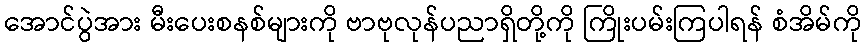
အောင်ပွဲအား မီးပေးစနစ်များကို ဗာဗုလုန်ပညာရှိတို့ကို ကြိုးပမ်းကြပါရန် စံအိမ်ကို